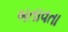
બતાવતા